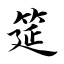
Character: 筵